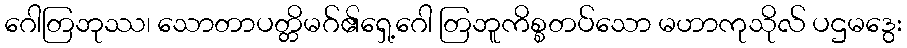
ဂေါတြဘုဿ၊ သောတာပတ္တိမဂ်၏ရှေ့ဂေါ တြဘူကိစ္စတပ်သော မဟာကုသိုလ် ပဌမဒွေး